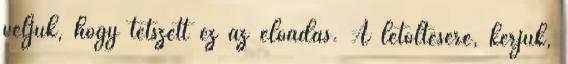
véljük, hogy tetszett ez az előadás. A letöltésére, kérjük,